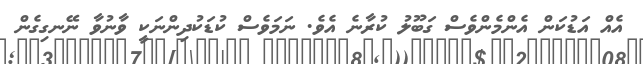
އެއް އަޑުކަން އެންމެންވެސް ގަބޫލު ކުރާނެ އެވެ. ނަމަވެސް ކުޑަކުދިންނަކީ ވާނުވާ ނޭނގިގެން